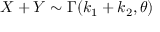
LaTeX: X + Y \sim \Gamma ( k _ { 1 } + k _ { 2 } , \theta )